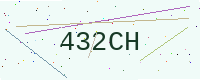
Text: 432CH